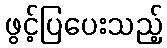
ဖွင့်ပြပေးသည့်